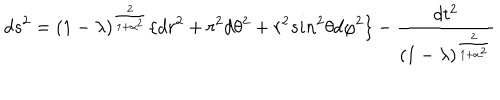
LaTeX: d s ^ { 2 } = ( 1 - \lambda ) ^ { \frac { 2 } { 1 + \alpha ^ { 2 } } } \lbrace d r ^ { 2 } + r ^ { 2 } d \theta ^ { 2 } + r ^ { 2 } s i n ^ { 2 } \theta d \varphi ^ { 2 } \rbrace - { \frac { d t ^ { 2 } } { ( 1 - \lambda ) ^ { \frac { 2 } { 1 + \alpha ^ { 2 } } } } }